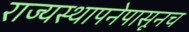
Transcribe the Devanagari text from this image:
राज्यस्थापनेपासूनच